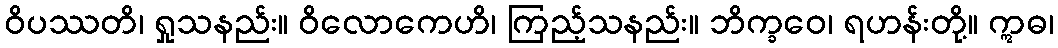
ဝိပဿတိ၊ ရှုသနည်း။ ဝိလောကေဟိ၊ ကြည့်သနည်း။ ဘိက္ခဝေ၊ ရဟန်းတို့။ ဣဓ၊